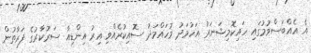
އެ އެއްބަސްވުމުގައި ހައިކޮމިޝަނަރު އަހުމަދު މުހައްމަދު ސޮއިކުރެއްވި އިރު އިންޑިއާ ސަރުކާރުގެ ފަރާތުން